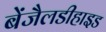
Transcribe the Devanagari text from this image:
बेंजैलडीहाइड